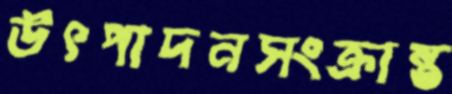
উৎপাদনসংক্রান্ত